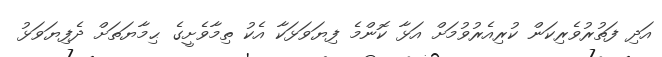
އަދި ފަތުރުވެރިކަން ކުރިއެރުވުމަށް އަޅާ ކޮންމެ ފިޔަވަޅަކާ އެކު ތިމާވެށީގެ ޙިމާޔަތަށް ދެފިޔަވަޅު